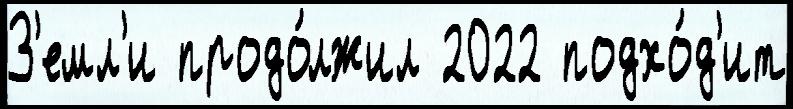
З'емл'и продо́лжил 2022 подхо́д'ит